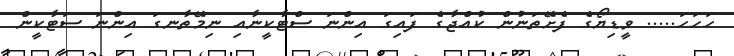
ހަހަހަ..... ވީޑިޔޯގެ ފެށޭތަނުން ކުއްޖާގެ ފައިގަ އިންނަ ސްޓާކީނާއި ނިމޭތާނގަ އިންނަ ސަޓާކީން